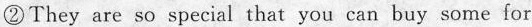
②They are so special that you can buy some for